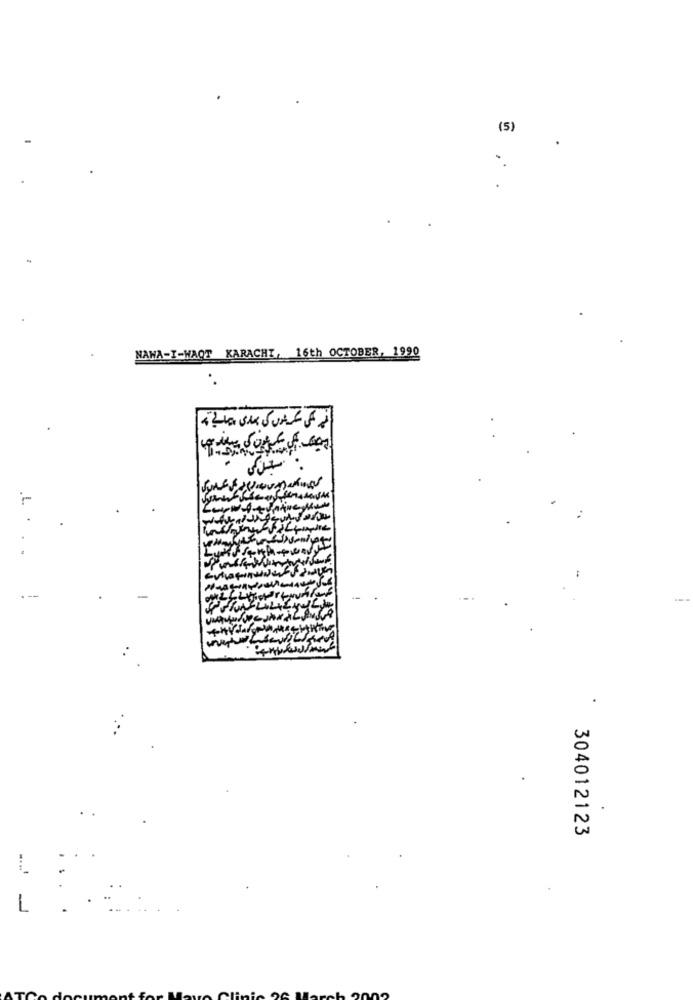
(5)
NAWA-I-WAOT KARACHI, 16th OCTOBER, 1990
---
.
304012123
1